system: You are a helpful assistant.
user:
Analyze the provided spectrum to determine if it is a **White Dwarf (WD)**.

A White Dwarf spectrum is defined by its **extreme purity** (due to gravitational settling) and/or **extreme pressure broadening** (due to high surface gravity). You must check for one of the following mutually exclusive signatures:

- **Key Visual Indicators (Check for ONE of these types):**

    - **1. DA-Type Signature (Most Common):**
        - **(Primary Feature):** Extreme pressure broadening (Stark broadening) of the **Hydrogen (H) Balmer lines**.
        - **(Key Lines):** $H\beta$ (approx. $4861$ Å) and $H\gamma$ (approx. $4340$ Å). $H\alpha$ (approx. $6563$ Å) will also be present if the wavelength range covers it.
        - **(Line Profile):** This is the **defining feature**. The lines are **NOT** sharp. They appear as massive, **extremely broad and deep "troughs" or "dips"** in the spectrum, often hundreds of Ångströms wide. The continuum will appear to "scoop" down at these wavelengths.
        - **(Distinction):** Normal A-type or B-type stars have *narrow* and *sharp* Hydrogen lines. A DA White Dwarf's lines are unmistakably "smeared" or "blurry" from pressure.

    - **2. DB-Type Signature:**
        - **(Primary Feature):** Broad absorption lines from **Neutral Helium (He I)**. The spectrum must lack any visible Hydrogen lines.
        - **(Key Lines):** Look for broad absorption near $4471$ Å, $4921$ Å, and $5876$ Å.
        - **(Line Profile):** These lines are also significantly pressure-broadened, appearing much wider than they would in a normal B-type main-sequence star.

    - **3. DC-Type Signature:**
        - **(Primary Feature):** A **featureless continuous spectrum**.
        - **(Line Profile):** The spectrum is a smooth curve with **no significant absorption or emission lines**.
        - **(Key Confirmation):** The continuum is almost always **blue or white**, indicating a hot object. This signature implies the atmosphere is so pure (or so cool) that no spectral lines are visible in the optical range. Its WD identity is confirmed by its extremely low intrinsic brightness (high absolute magnitude).

    - **4. DZ-Type Signature (Metal-Polluted):**
        - **(Primary Feature):** **Isolated, narrow metal absorption lines** on an otherwise featureless (DC-like) continuum.
        - **(Key Lines):** The **Calcium (Ca II) H & K doublet** (approx. **$3934$ Å** and **$3968$ Å**) is the most common and defining feature.
        - **(Line Profile):** These lines are "out of place." They are *not* part of a "forest" of thousands of lines. This signature is evidence of recent *accretion* (pollution) from rocky debris.
        - **(Distinction):** Normal G/K/M stars have a *dense forest* of thousands of metal lines. A DZ has a *clean* continuum with *only a few* strong metal lines.

    - **5. DQ-Type Signature (Carbon-Polluted):**
        - **(Primary Feature):** Absorption bands from **Carbon (C₂ "Swan Bands" or atomic C I)**.
        - **(Key Lines - C₂):** Look for bandheads with a "saw-tooth" shape near $5635$ Å, **$5165$ Å** (strongest), and $4737$ Å.
        - **(Key Confirmation):** The underlying **continuum must be blue or white** (hot).
        - **(Distinction):** This is the critical difference from a **Carbon Star**, which has the *exact same* C₂ bands but on an extremely **red, cool** continuum.

- **(Overall Spectrum):**
    - The continuum (overall shape) is typically **blue-sloping** (brighter in the blue than the red), as most white dwarfs are very hot.
    - The spectrum will look "pure" or "simple," dominated by only *one* of the five signatures listed above.

Think first, call **spectral_visualization_tool** if needed to examine features in detail, then provide your final answer. Your response must adhere to the following strict rules:
1.  **Overall Structure:** Your response must follow the format `<think>...</think> <tool_call>...</tool_call> (if a tool is used) <answer>...</answer>`.
2.  **Tool Usage Constraint:** You may only make **one** tool call per turn.
3.  **Final Answer Format:** In the `<answer>` tag, your conclusion must be inside a `\boxed{}` command (e.g., `\boxed{YES}` or `\boxed{NO}`), followed by your justification.

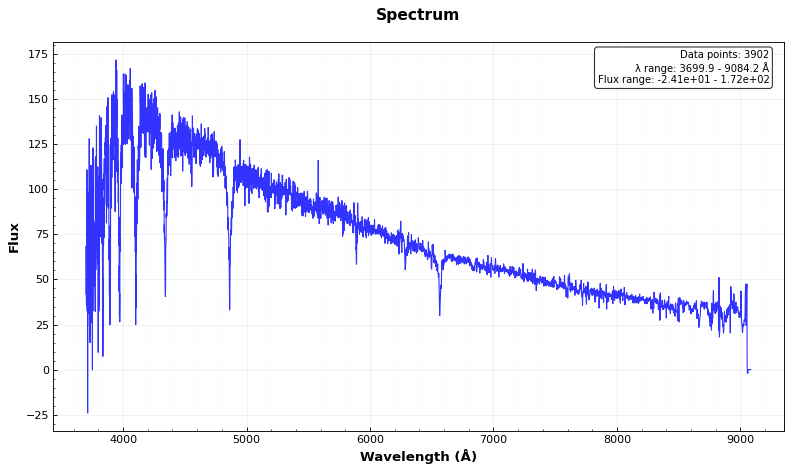
Answer: NO